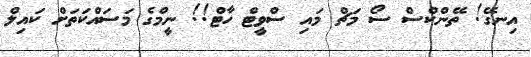
އިނގޭ! ތޭންކްސް ސޯ މަޗް މައި ސްވީޓް ހާޓް!! ނީމްގެ މަސައްކަތަށް ކައިލް